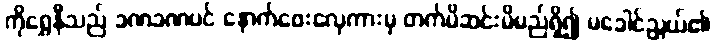
ကိုရွှေနီသည် ခဏခဏပင် နောက်ဖေးလှေကားမှ တက်မိဆင်းမိမည်ရှိ၍ မခေါင်ညွယ်၏